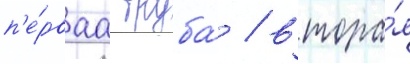
п'е́рваа труба́ / втора́я